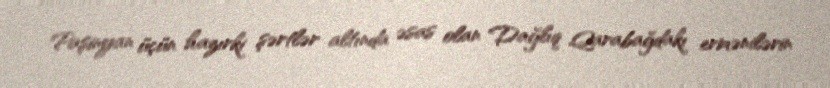
Paşinyan üçün hazırki şərtlər altında əsas olan Dağlıq Qarabağdakı ermənilərin